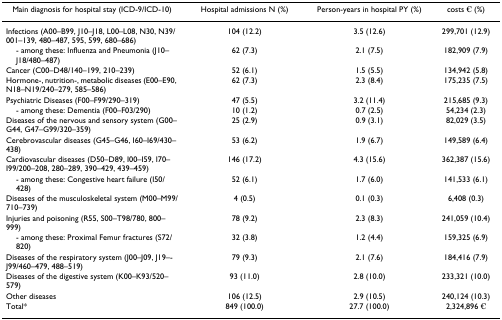
<table><thead><tr><td><b>Main diagnosis for hospital stay (ICD-9/ICD-10)</b></td><td><b>Hospital admissions N (%)</b></td><td><b>Person-years in hospital PY (%)</b></td><td><b>costs € (%)</b></td></tr></thead><tbody><tr><td>Infections (A00–B99, J10–J18, L00–L08, N30, N39/001–139, 480–487, 595, 599, 680–686)</td><td>104 (12.2)</td><td>3.5 (12.6)</td><td>299,701 (12.9)</td></tr><tr><td> - among these: Influenza and Pneumonia (J10–J18/480–487)</td><td>62 (7.3)</td><td>2.1 (7.5)</td><td>182,909 (7.9)</td></tr><tr><td>Cancer (C00–D48/140–199, 210–239)</td><td>52 (6.1)</td><td>1.5 (5.5)</td><td>134,942 (5.8)</td></tr><tr><td>Hormone-, nutrition-, metabolic diseases (E00–E90, N18–N19/240–279, 585–586)</td><td>62 (7.3)</td><td>2.3 (8.4)</td><td>175,235 (7.5)</td></tr><tr><td>Psychiatric Diseases (F00–F99/290–319)</td><td>47 (5.5)</td><td>3.2 (11.4)</td><td>215,685 (9.3)</td></tr><tr><td> - among these: Dementia (F00–F03/290)</td><td>10 (1.2)</td><td>0.7 (2.5)</td><td>54,234 (2.3)</td></tr><tr><td>Diseases of the nervous and sensory system (G00–G44, G47–G99/320–359)</td><td>25 (2.9)</td><td>0.9 (3.1)</td><td>82,029 (3.5)</td></tr><tr><td>Cerebrovascular diseases (G45–G46, I60–I69/430–438)</td><td>53 (6.2)</td><td>1.9 (6.7)</td><td>149,589 (6.4)</td></tr><tr><td>Cardiovascular diseases (D50–D89, I00–I59, I70–I99/200–208, 280–289, 390–429, 439–459)</td><td>146 (17.2)</td><td>4.3 (15.6)</td><td>362,387 (15.6)</td></tr><tr><td> - among these: Congestive heart failure (I50/428)</td><td>52 (6.1)</td><td>1.7 (6.0)</td><td>141,533 (6.1)</td></tr><tr><td>Diseases of the musculoskeletal system (M00–M99/710–739)</td><td>4 (0.5)</td><td>0.1 (0.3)</td><td>6,408 (0.3)</td></tr><tr><td>Injuries and poisoning (R55, S00–T98/780, 800–999)</td><td>78 (9.2)</td><td>2.3 (8.3)</td><td>241,059 (10.4)</td></tr><tr><td> - among these: Proximal Femur fractures (S72/820)</td><td>32 (3.8)</td><td>1.2 (4.4)</td><td>159,325 (6.9)</td></tr><tr><td>Diseases of the respiratory system (J00–J09, J19–-J99/460–479, 488–519)</td><td>79 (9.3)</td><td>2.1 (7.6)</td><td>184,416 (7.9)</td></tr><tr><td>Diseases of the digestive system (K00–K93/520–579)</td><td>93 (11.0)</td><td>2.8 (10.0)</td><td>233,321 (10.0)</td></tr><tr><td>Other diseases</td><td>106 (12.5)</td><td>2.9 (10.5)</td><td>240,124 (10.3)</td></tr><tr><td>Total*</td><td>849 (100.0)</td><td>27.7 (100.0)</td><td>2,324,896 €</td></tr></tbody></table>